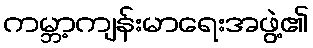
ကမ္ဘာ့ကျန်းမာရေးအဖွဲ့၏